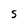
Character: s